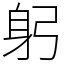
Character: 躬